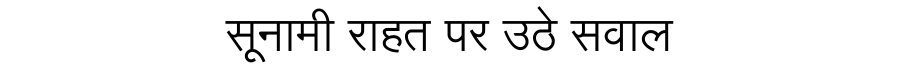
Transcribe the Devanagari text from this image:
सूनामी राहत पर उठे सवाल